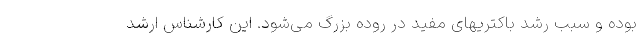
بوده و سبب رشد باکتریهای مفید در روده بزرگ می‌شود. این کارشناس ارشد